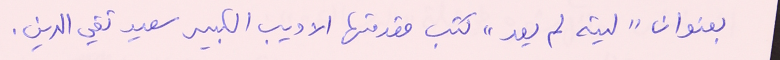
بعنوان "ليته لم يعد" كتب مقدمتها الاديب الكبير سعيد تقي الدين.